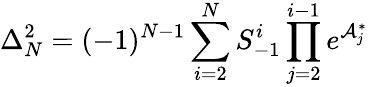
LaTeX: \Delta_{N}^{2}=(-1)^{N-1}\sum_{i=2}^{N}S_{-1}^{i}\prod_{j=2}^{i-1}e^{\mathcal{A}_{j}^{\ast}}